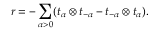
r = - \sum _ { \alpha > 0 } ( t _ { \alpha } \otimes t _ { - \alpha } - t _ { - \alpha } \otimes t _ { \alpha } ) .